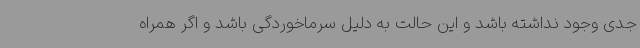
جدی وجود نداشته باشد و این حالت به دلیل سرماخوردگی باشد و اگر همراه